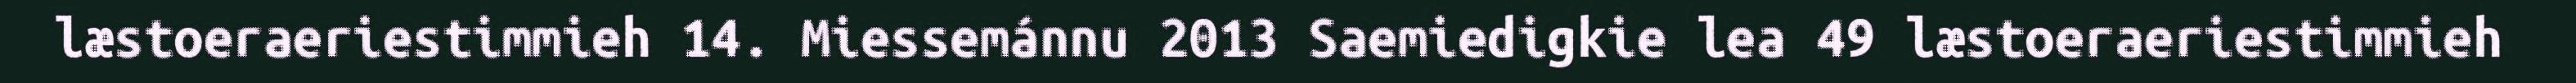
læstoeraeriestimmieh 14. Miessemánnu 2013 Saemiedigkie lea 49 læstoeraeriestimmieh